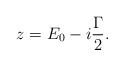
\begin{align*} z=E_{0}-i\frac{\Gamma}{2}.\end{align*}